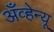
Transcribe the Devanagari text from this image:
अँव्हेन्यू